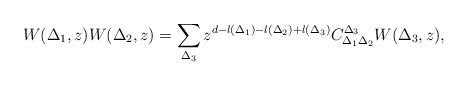
\begin{align*} {W(\Delta_1,z) W(\Delta_2,z) = \sum_{\Delta_3}z^{d-l(\Delta_1)-l(\Delta_2)+l(\Delta_3)}C_{\Delta_1\Delta_2}^{\Delta_3} W(\Delta_3,z) },\end{align*}